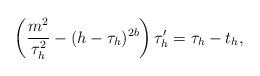
LaTeX: \begin{align*}\left(\frac{m^2}{\tau_h^2} - (h - \tau_h)^{2b}\right)\tau_h' = \tau_h - t_h,\end{align*}